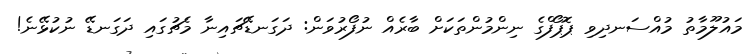
މައުލޫމާތު މުއްސަނދިވި ޕޮޕޯފްގެ ނިންމުންތަކަށް ބާރެއް ނުފޯރުވަން: ދަގަނޑޭޗައިނާ މެޗުގައި ދަގަނޑޭ ނުކުޅޭނެ!